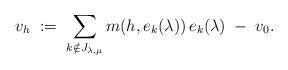
LaTeX: \begin{align*}v_h \; :=\; \sum_{k\notin J_{\lambda, \mu}} m(h, e_k(\lambda))\, e_k(\lambda) \; -\; v_0.\end{align*}